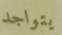
يتواجد